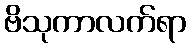
ဗိသုကာလက်ရာ